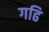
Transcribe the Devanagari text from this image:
गढि